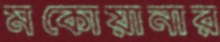
মকোয়ানার